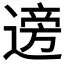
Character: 𫐼